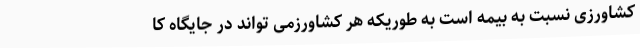
کشاورزی نسبت به بیمه است به طوریکه هر کشاورزمی تواند در جایگاه کا